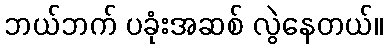
ဘယ်ဘက် ပခုံးအဆစ် လွဲနေတယ်။